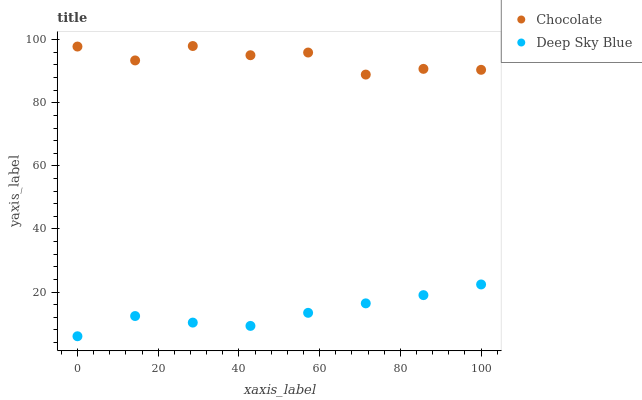
| xaxis_label | Chocolate | Deep Sky Blue |
 | --- | --- | --- |
 | 0 | 97.8 | 6 |
 | 14.3 | 93.4 | 12.4 |
 | 28.6 | 98 | 10.3 |
 | 42.9 | 95.1 | 9.28 |
 | 57.1 | 95.9 | 13.4 |
 | 71.4 | 88.9 | 16.4 |
 | 85.7 | 90.8 | 19 |
 | 100 | 90.5 | 22.4 |